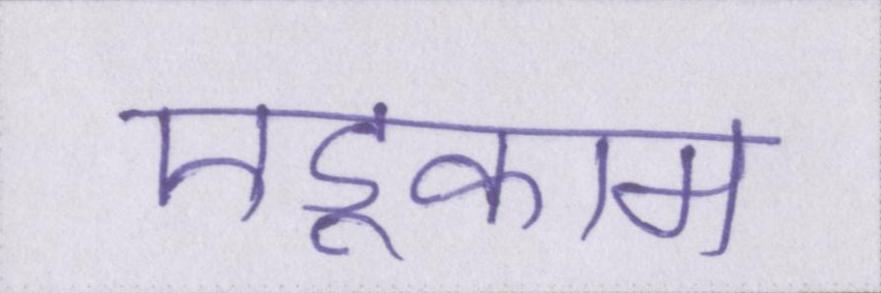
एडूकाम